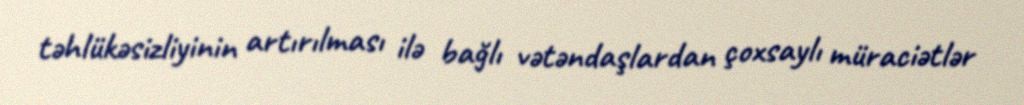
təhlükəsizliyinin artırılması ilə bağlı vətəndaşlardan çoxsaylı müraciətlər